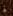
لها